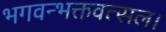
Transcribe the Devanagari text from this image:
भगवन्भक्तवत्सल।